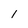
Character: l